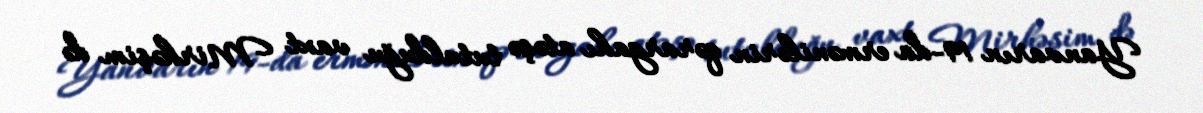
Yanvarın 19-da ermənilərin qərargahı atəşə tutulduğu vaxt Mirhəşim də